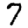
Digit: 7